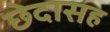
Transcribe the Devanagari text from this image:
छेदासह